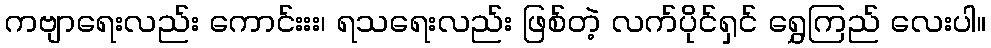
ကဗျာရေးလည်း ကောင်းးး၊ ရသရေးလည်း ဖြစ်တဲ့ လက်ပိုင်ရှင် ရွှေကြည် လေးပါ။